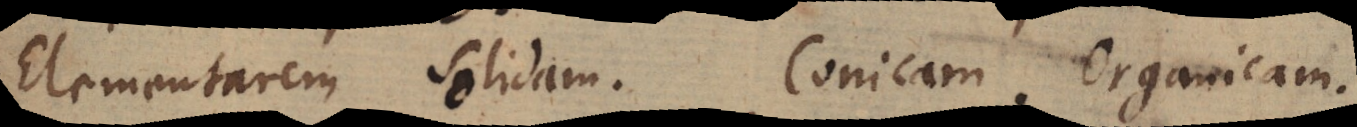
Elementarem solidam. Conicam. Organicam.